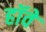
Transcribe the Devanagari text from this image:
हॉवे